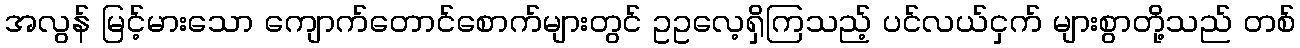
အလွန် မြင့်မားသော ကျောက်တောင်စောက်များတွင် ဥဥလေ့ရှိကြသည့် ပင်လယ်ငှက် များစွာတို့သည် တစ်